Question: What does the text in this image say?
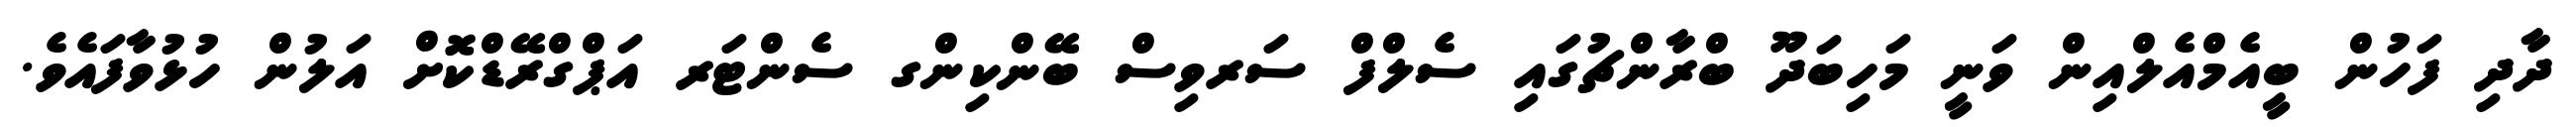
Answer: ދާދި ފަހުން ބީއެމްއެލްއިން ވަނީ މަހިބަދޫ ބްރާންޗުގައި ސެލްފް ސަރވިސް ބޭންކިންގ ސެންޓަރ އަޕްގްރޭޑްކޮށް އަލުން ހުޅުވާފައެވެ.